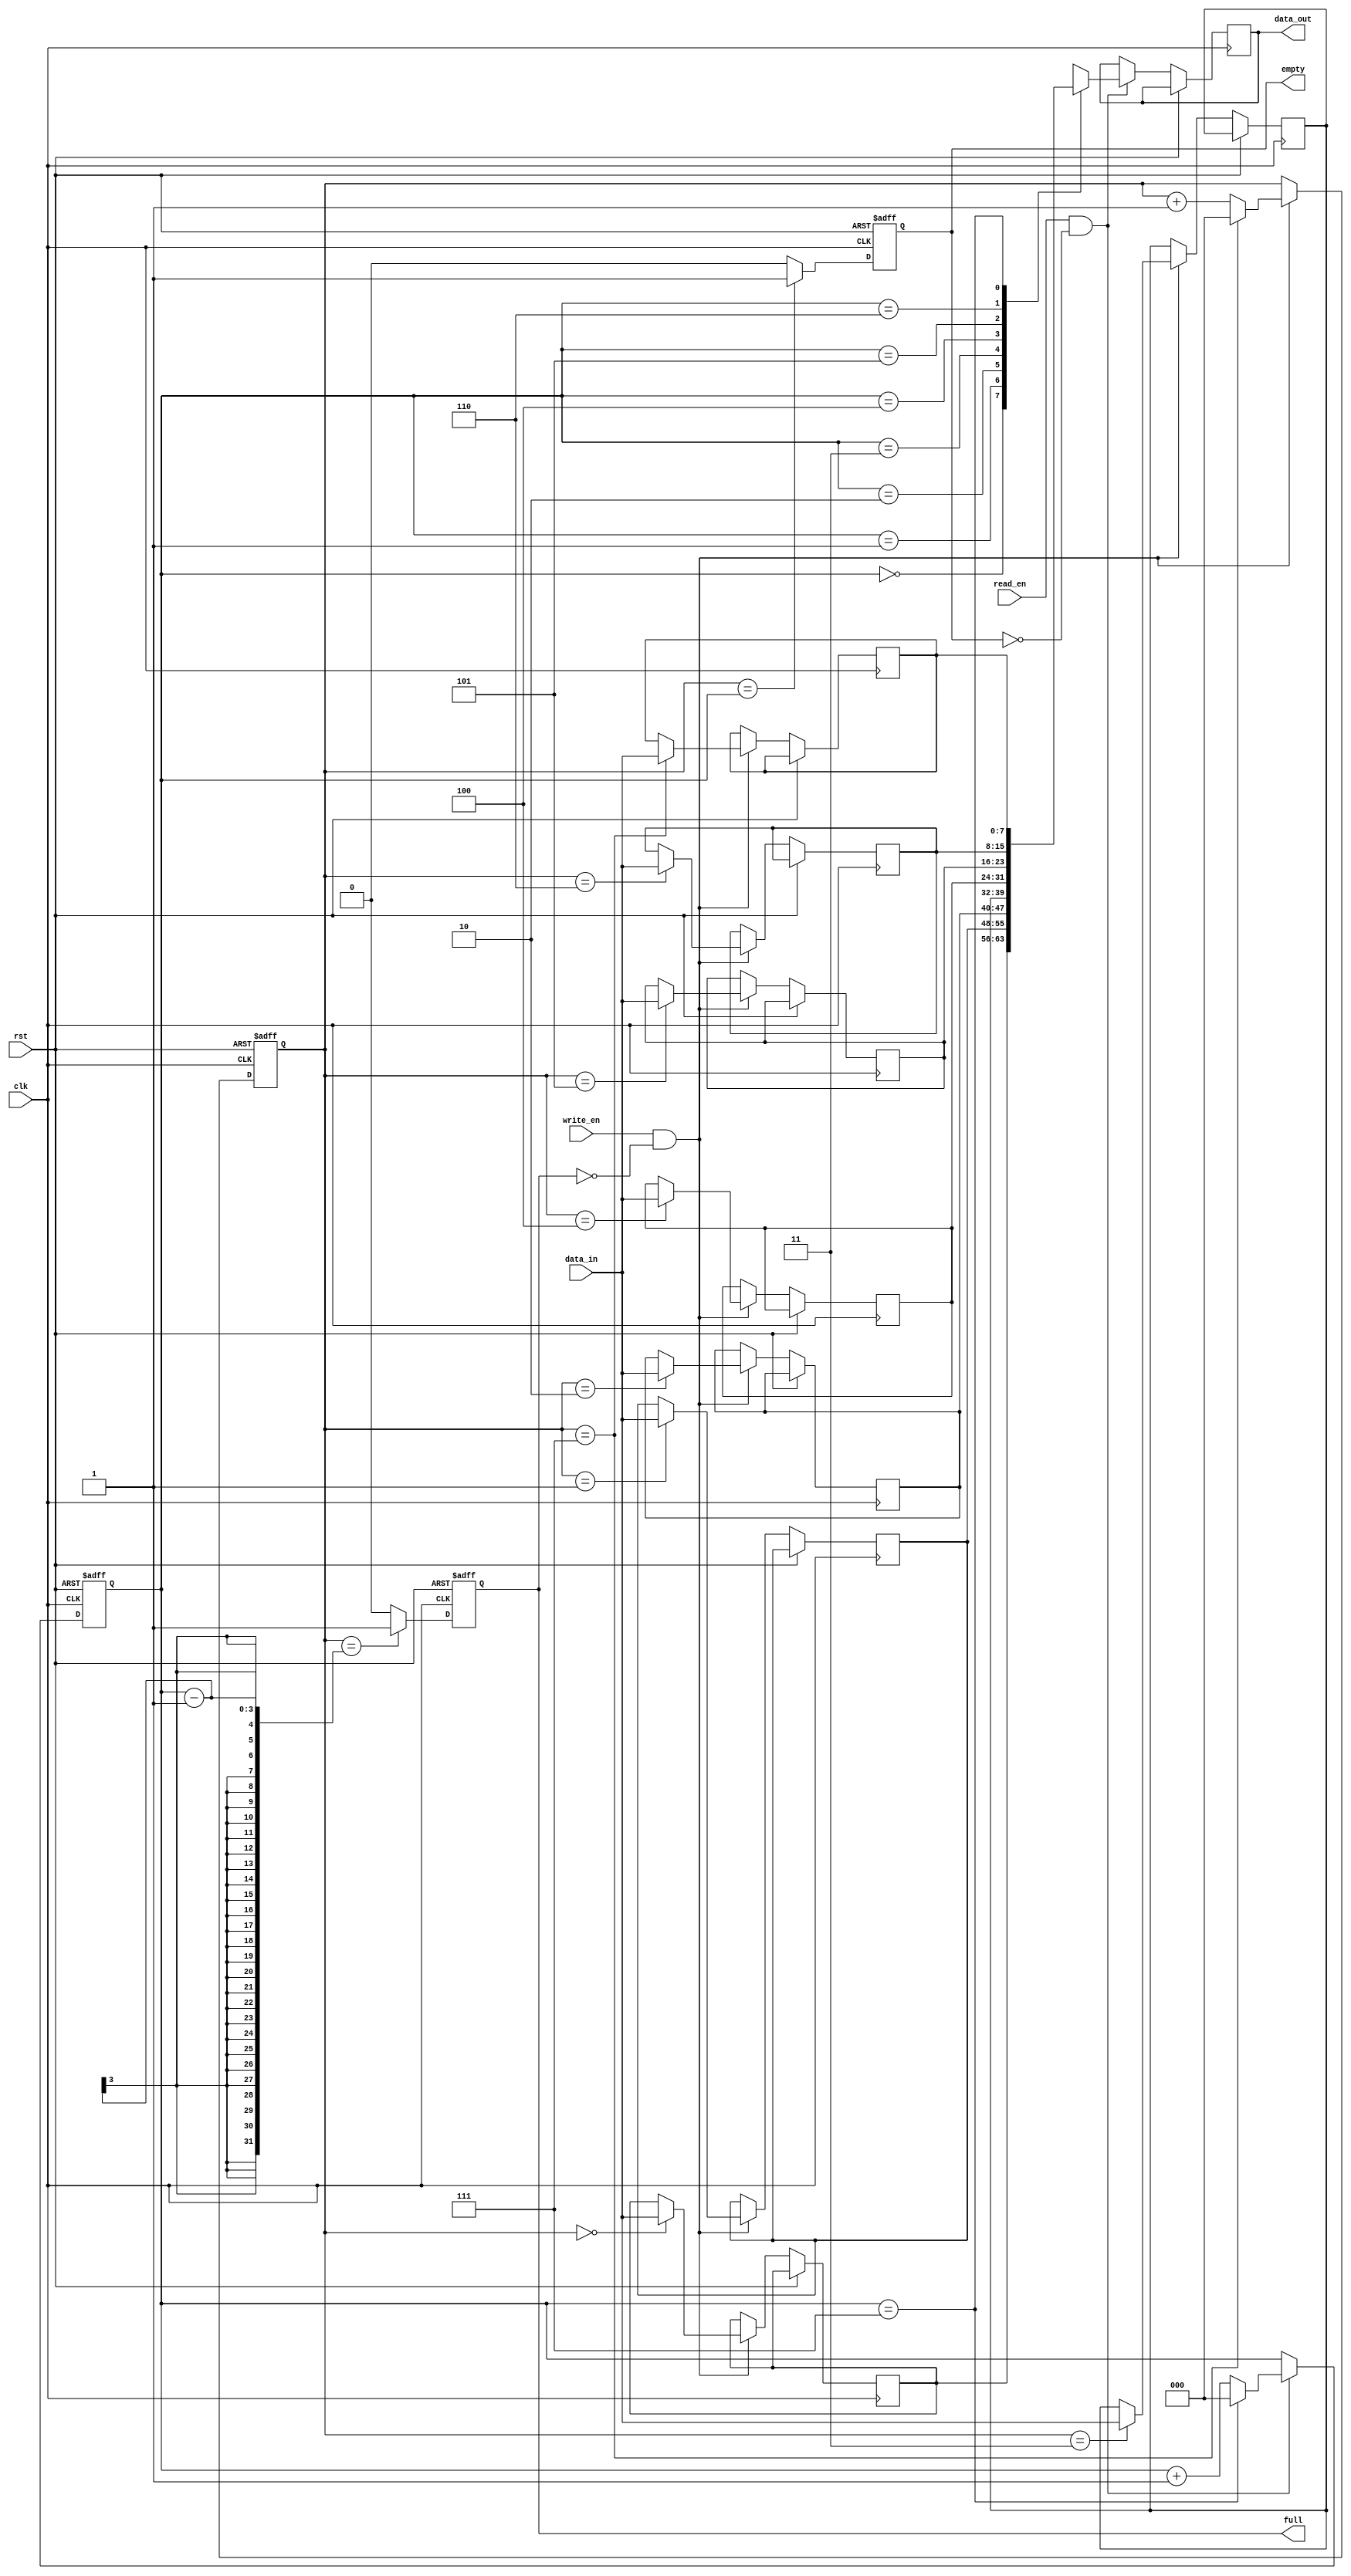
module synchronous_fifo (
  input wire clk,
  input wire rst,
  input wire write_en,
  input wire read_en,
  input wire [7:0] data_in,
  output wire [7:0] data_out,
  output wire full,
  output wire empty
);

  reg [7:0] memory [0:7]; // Assuming 8 memory elements for circular FIFO
  reg [2:0] write_ptr;
  reg [2:0] read_ptr;

  always @(posedge clk or posedge rst) begin
    if (rst) begin
      write_ptr <= 3'b000;
      read_ptr <= 3'b000;
      full <= 1'b0;
      empty <= 1'b1;
    end else begin
      if (write_en && !full) begin
        memory[write_ptr] <= data_in;
        write_ptr <= write_ptr + 1;
        if (write_ptr == 3'b111)
          write_ptr <= 3'b000;
      end

      if (read_en && !empty) begin
        data_out <= memory[read_ptr];
        read_ptr <= read_ptr + 1;
        if (read_ptr == 3'b111)
          read_ptr <= 3'b000;
      end

      full <= (write_ptr == (read_ptr - 1)) ? 1'b1 : 1'b0;
      empty <= (write_ptr == read_ptr) ? 1'b1 : 1'b0;
    end
  end

endmodule